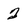
Character: 2